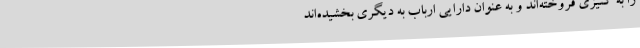
را به کنیزی فروخته‌اند و به عنوان دارایی ارباب به دیگری بخشیده‌اند